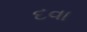
દવા